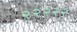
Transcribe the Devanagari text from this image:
२२२२२